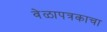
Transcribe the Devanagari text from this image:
वेळापत्रकाचा